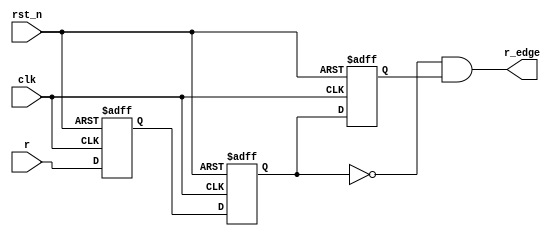
`timescale 1ns / 1ps
//////////////////////////////////////////////////////////////////////////////////
// Company: 
// Engineer: 
// 
// Design Name: 
// Module Name: ps
// Project Name: 
// Target Devices: 
// Tool Versions: 
// Description: 
// 
// Dependencies: 
// 
// Revision:
// Revision 0.01 - File Created
// Additional Comments:
// 
//////////////////////////////////////////////////////////////////////////////////


module ps( 
            input [7:0] r,
            output [7:0] r_edge,
            input clk,
            input rst_n
    );
    reg [7:0]r0;
    reg [7:0] r1;
    reg [7:0] r2;
    always @ (posedge clk or negedge rst_n) begin
	if(!rst_n) begin
			r0 <= 8'b0;
			r1 <= 8'b0;
			r2 <= 8'b0;
		end
	else begin								//
			r0 <= r;
			r1 <= r0;
			r2 <= r1;
		end
end
//wire [7:0] neg_edge;
//wire [7:0] pos_edge;
assign r_edge = ~r1 & r2;	

endmodule